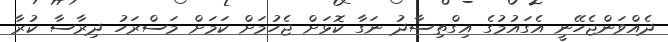
ދެއްވަންޖެހޭނީ އެގައުމުގެ އިގްތިސާދު ނަގާ ކޮޅަށް ޖެހުމަށް ކަމަށް މަސްރަހު ދިރާސާ ކުރާ